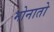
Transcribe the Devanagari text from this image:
मोनातो